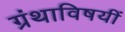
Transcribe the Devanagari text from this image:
ग्रंथाविषयीं